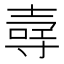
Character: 𪤳